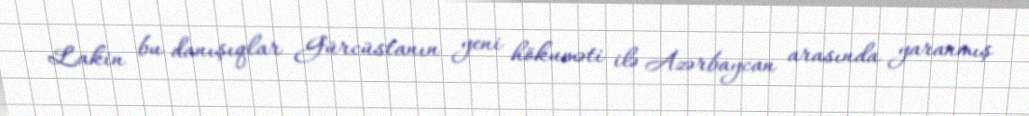
Lakin bu danışıqlar Gürcüstanın yeni hökuməti ilə Azərbaycan arasında yaranmış